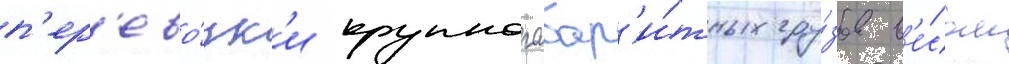
п'ер'ево́зк'и крупногабар'и́тных гру́зов в'е́сом